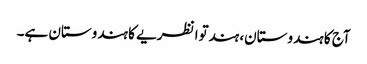
آج کا ہندوستان، ہندتوا نظریے کا ہندوستان ہے۔